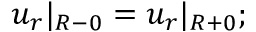
u _ { r } | _ { R - 0 } = u _ { r } | _ { R + 0 } ;